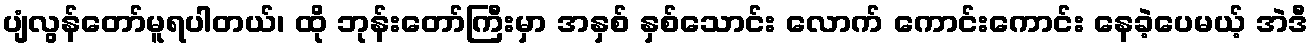
ပျံလွန်တော်မူရပါတယ်၊ ထို ဘုန်းတော်ကြီးမှာ အနှစ် နှစ်သောင်း လောက် ကောင်းကောင်း နေခဲ့ပေမယ့် အဲဒီ